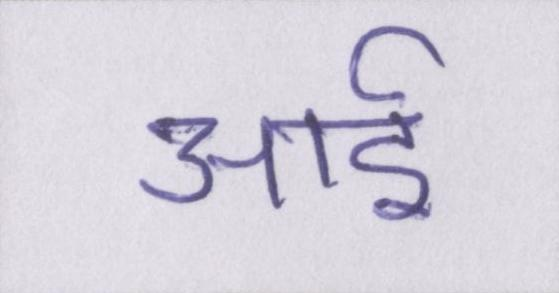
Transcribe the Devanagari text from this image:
आई